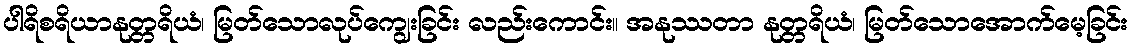
ပါရိစရိယာနုတ္တရိယံ၊ မြတ်သောလုပ်ကျွေးခြင်း လည်းကောင်း။ အနုဿတာ နုတ္တရိယံ၊ မြတ်သောအောက်မေ့ခြင်း